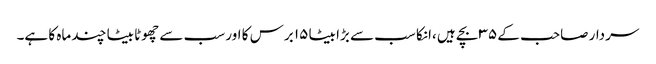
سردار صاحب کے ۳۵ بچے ہیں ،انکا سب سے بڑا بیٹا ۱۵ برس کا اور سب سے چھوٹا بیٹا چند ماہ کا ہے۔